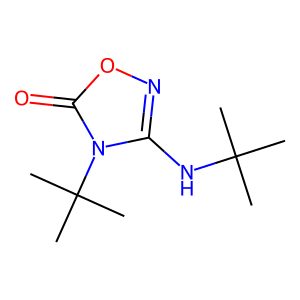
SMILES: CC(C)(C)Nc1noc(=O)n1C(C)(C)C
Inhibits HIV replication: No